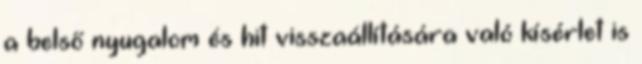
a belső nyugalom és hit visszaállítására való kísérlet is